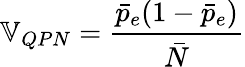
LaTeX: \mathbb{V}_{QPN}=\frac{\bar{p}_{e}(1-\bar{p}_{e})}{\bar{N}}